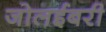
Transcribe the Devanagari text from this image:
जोलईबरी